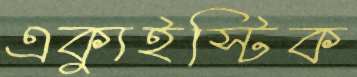
এক্যুইস্টিক